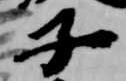
子